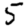
Digit: 5